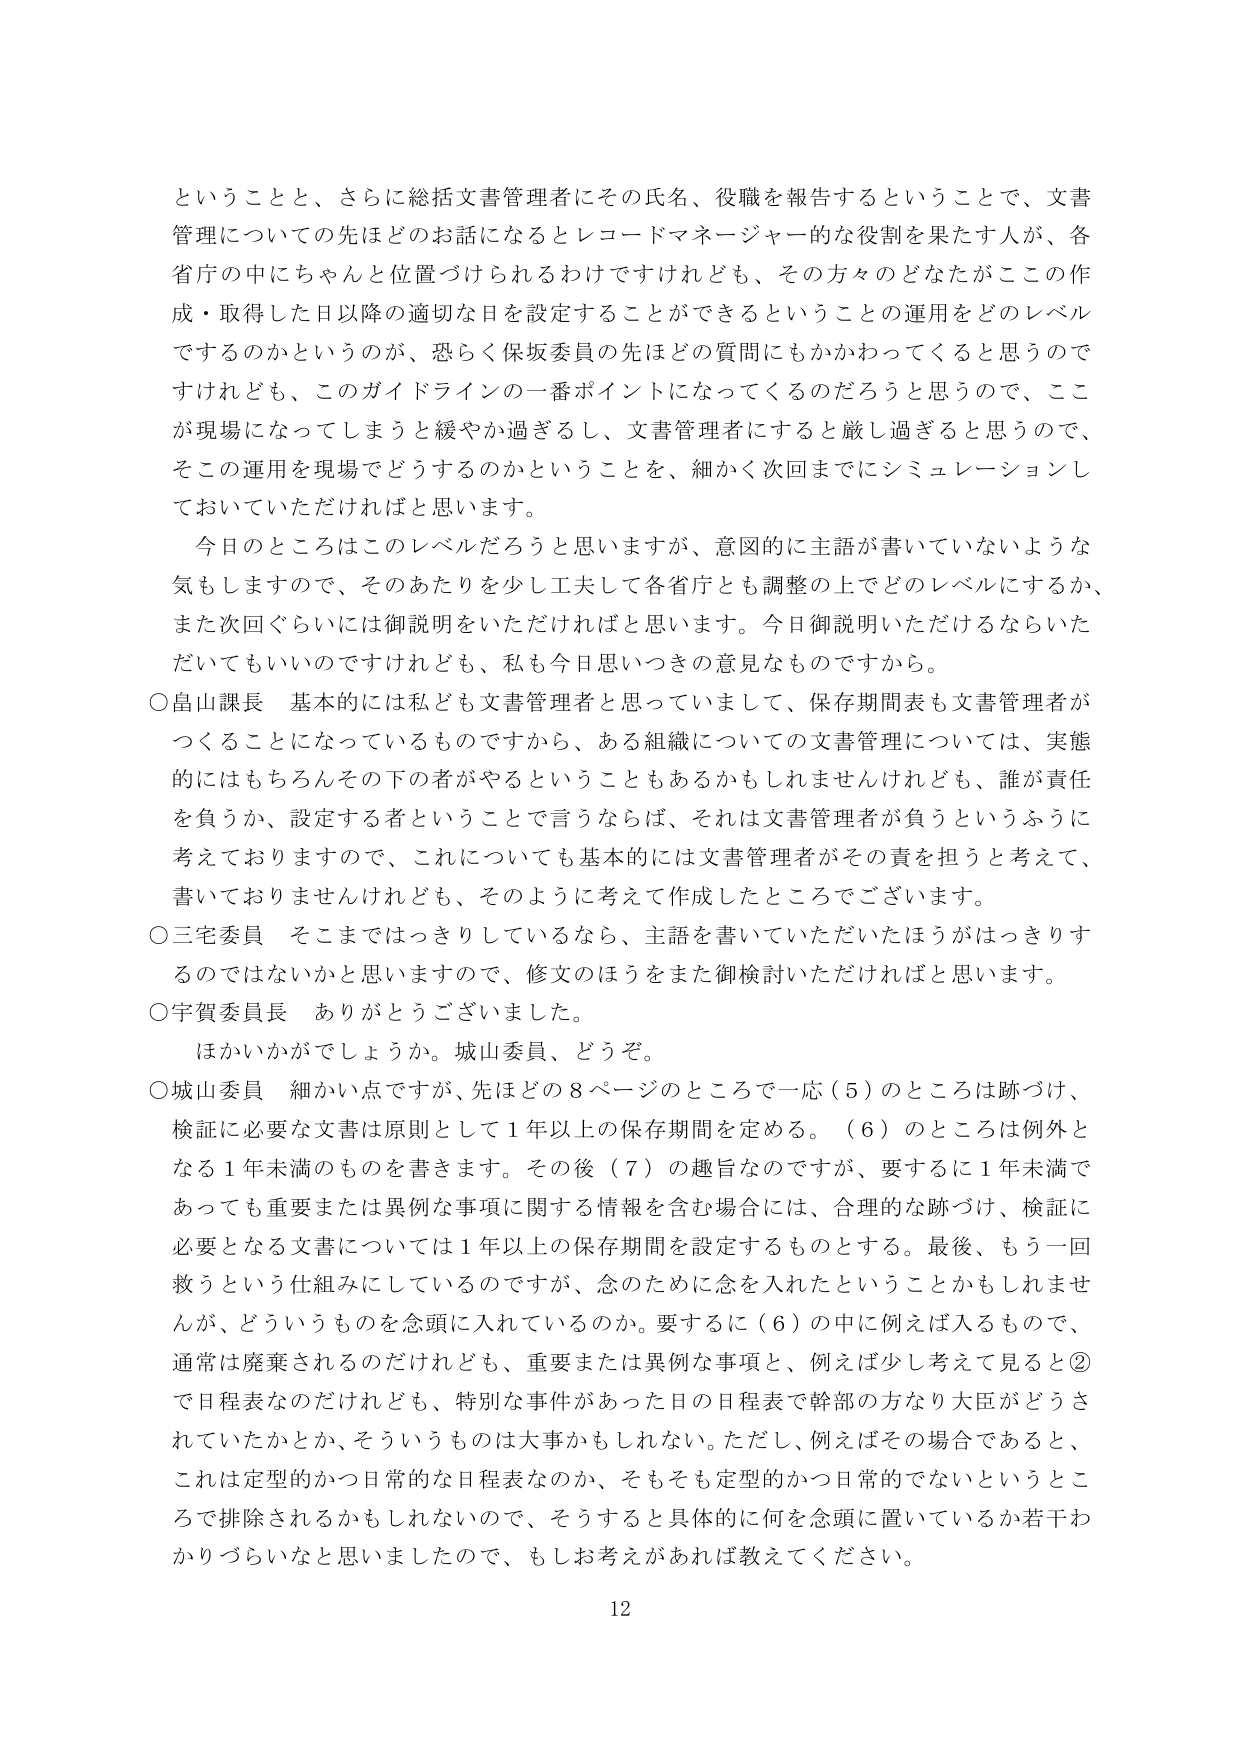
ということと、さらに総括文書管理者にその氏名、役職を報告するということで、文書管理についての先ほどのお話になるとレコードマネージャー的な役割を果たす人が、各省庁の中にちゃんと位置づけられるわけですけれども、その方々のどなたがこの作成・取得した日以降の適切な日を設定することができるということの運用をどのレベルでするのかというのが、恐らく保坂委員の先ほどの質問にもかかわってくると思うのですけれども、このガイドラインの一番ポイントになってくるのだろうと思うので、ここが現場になってしまうと緩やか過ぎるし、文書管理者にすると厳し過ぎると思うので、そこの運用を現場でどうするのかということを、細かく次回までにシミュレーションしておいていただければと思います。

今日のところはこのレベルだろうと思いますが、意図的に主語が書いていないような気もしますので、そのあたりを少し工夫して各省庁とも調整の上でどのレベルにするか、また次回ぐらいには御説明をいただければと思います。今日御説明いただけるならいただいてもいいのですけれども、私も今日思いつきの意見なものですから。

○畠山課長 基本的には私ども文書管理者と思っていまして、保存期間表も文書管理者がつくることになっているものですから、ある組織についての文書管理については、実態的にはもちろんその下の者がやるということもあるかもしれませんけれども、誰が責任を負うか、設定する者ということで言うならば、それは文書管理者が負うというふうに考えておりますので、これについても基本的には文書管理者がその責を担うと考えて、書いておりませんけれども、そのように考えて作成したところでございます。

○三宅委員 そこまではっきりしているなら、主語を書いていただいたほうがはっきりするのではないかと思いますので、修文のほうをまた御検討いただければと思います。

○宇賀委員長 ありがとうございました。

ほかいかがでしょうか。城山委員、どうぞ。

○城山委員 細かい点ですが、先ほどの8ページのところで一応（5）のところは跡づけ、検証に必要な文書は原則として1年以上の保存期間を定める。（6）のところは例外となる1年未満のものを書きます。その後（7）の趣旨なのですが、要するに1年未満であっても重要または異例な事項に関する情報を含む場合には、合理的な跡づけ、検証に必要となる文書については1年以上の保存期間を設定するものとする。最後、もう一回救うという仕組みにしているのですが、念のために念を入れたということもかもしれませんが、どういうものを念頭に入れているのか。要するに（6）の中に例えば入るもので、通常は廃棄されるのだけれども、重要または異例な事項と、例えば少し考えて見ると②で日程表なのだけれども、特別な事件があった日の日程表で幹部の方なり大臣がどうされていたかとか、そういうものは大事かもしれない。ただし、例えばその場合であると、これは定型的かつ日常的な日程表なのか、そもそも定型的かつ日常的でないというところで排除されるかもしれないのです、そうすると具体的に何を念頭に置いているか若干わかりづらいなと思いましたので、もしお考えがあれば教えてください。

12